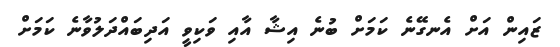
ޒައިން އަށް އެނގޭނެ ކަމަށް ބުނެ އިޝާ އާއި ވަކިވީ އަދިބައްދަލުވާނެ ކަމަށް